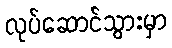
လုပ်ဆောင်သွားမှာ